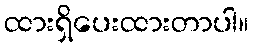
ထားရှိပေးထားတာပါ။